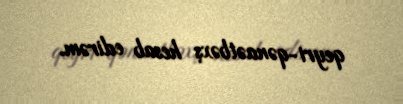
qeyri-qənaətbəxş hesab edirəm.